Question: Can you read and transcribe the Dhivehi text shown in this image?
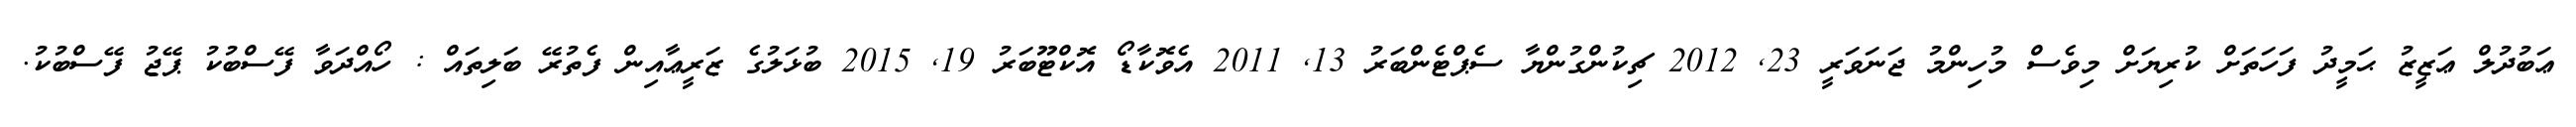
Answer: ޢަބުދުލް ޢަޒީޒު ޙަމީދު ފަހަތަށް ކުރިޔަށް މިވެސް މުހިންމު ޖަނަވަރީ 23, 2012 ޗިކުންގުންޔާ ސެޕްޓެންބަރު 13, 2011 އެވޮކާޑޯ އޮކްޓޫބަރު 19, 2015 ބުޅަލުގެ ޒަރީޢާއިން ފެތުރޭ ބަލިތައް : ހޯއްދަވާ ފޭސްބުކު ޕޭޖު ފޭސްބުކު.